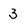
Character: 3